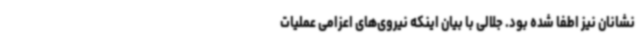
نشانان نیز اطفا شده بود. جلالی با بیان اینکه نیروی‌های اعزامی عملیات